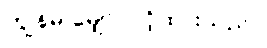
ကျွန်မ မျှော်လင့်ထားသည်။